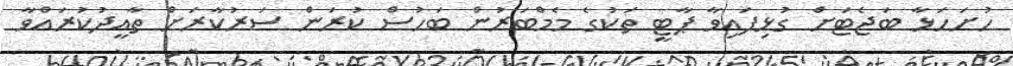
ހުށަހަޅާ ބަޖެޓަށް ގުޅިފައިވާ ޕާޓީ ތަކުގެ މެމްބަރުން ބަހުސް ކުރަން ސަރުކާރަށް ތާއީދުކުރައްވާ